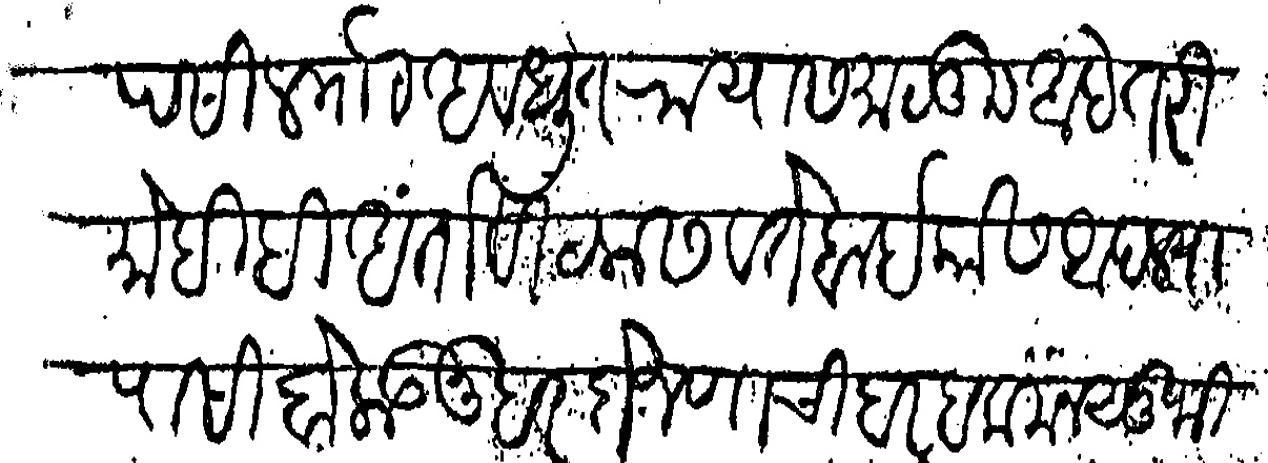
Transliteration (Devanagari): पटील माो अवधूत रायास माळूम आहे तरी मोहिबी अंतो विठलास व ते बाईकोस आपल्यापासी बोलावून हर दो जणाची बर हक मनसुफी